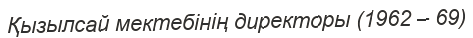
Қызылсай мектебінің директоры (1962 – 69)